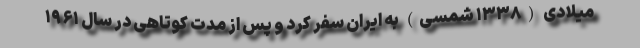
میلادی (۱۳۳۸ شمسی) به ایران سفر کرد و پس از مدت کوتاهی در سال ۱۹۶۱